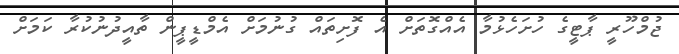
ޖުމްހޫރީ ޕާޓީގެ ހުށަހެޅުމާ އެއްގޮތަށް އެ ފޮށިތައް ގުނުމަށް އެމްޑީޕީން ތާއީދުނުކުރާ ކަމަށް